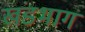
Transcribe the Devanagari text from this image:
खंडभाग